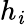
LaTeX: h_{\mathit{i}}